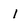
Character: I